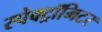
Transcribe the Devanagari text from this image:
स्पेक्ट्रॉमिटर